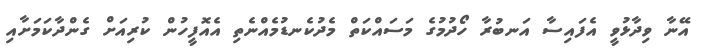
އޭނާ ވިދާޅުވީ އެފައިސާ އަނބުރާ ހޯދުމުގެ މަސައްކަތް މެދުކެނޑުމެއްނެތި އެއޮފީހުން ކުރިއަށް ގެންދާކަމަށާއި